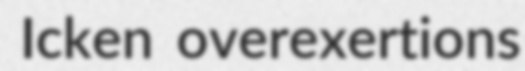
Icken overexertions